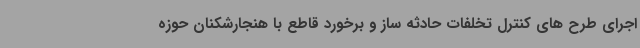
اجرای طرح های کنترل تخلفات حادثه ساز و برخورد قاطع با هنجارشکنان حوزه